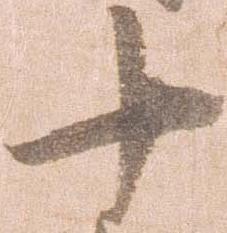
十